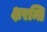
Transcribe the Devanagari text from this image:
क्षरन्ति